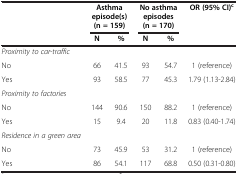
|  | <COLSPAN=2> Asthma episode(s) (n = 159) | <COLSPAN=2> No asthma episodes (n = 170) | OR (95% CI)c |
 |  | N | % | N | % |  |
 | --- | --- | --- | --- | --- | --- |
 | Proximity to car-traffic |  |  |  |  |  |
 | No | 66 | 41.5 | 93 | 54.7 | 1 (reference) |
 | Yes | 93 | 58.5 | 77 | 45.3 | 1.79 (1.13-2.84) |
 | Proximity to factories |  |  |  |  |  |
 | No | 144 | 90.6 | 150 | 88.2 | 1 (reference) |
 | Yes | 15 | 9.4 | 20 | 11.8 | 0.83 (0.40-1.74) |
 | Residence in a green area |  |  |  |  |  |
 | No | 73 | 45.9 | 53 | 31.2 | 1 (reference) |
 | Yes | 86 | 54.1 | 117 | 68.8 | 0.50 (0.31-0.80) |